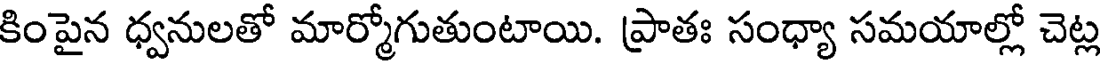
కింపైన ధ్వనులతో మార్మోగుతుంటాయి. ప్రాతః సంధ్యా సమయాల్లో చెట్ల